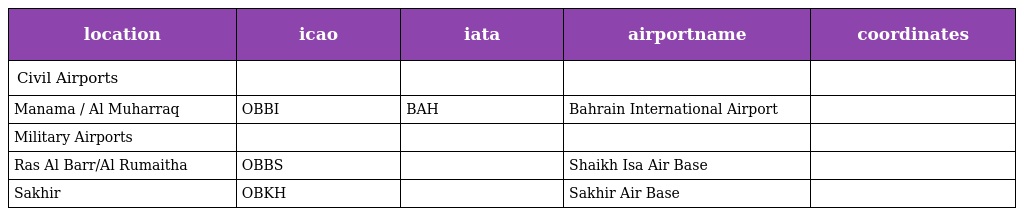
| location | icao | iata | airportname | coordinates |
 | --- | --- | --- | --- | --- |
 | Civil Airports |  |  |  |  |
 | Manama / Al Muharraq | OBBI | BAH | Bahrain International Airport |  |
 | Military Airports |  |  |  |  |
 | Ras Al Barr/Al Rumaitha | OBBS |  | Shaikh Isa Air Base |  |
 | Sakhir | OBKH |  | Sakhir Air Base |  |